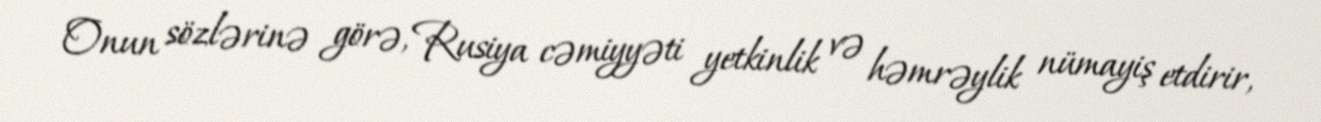
Onun sözlərinə görə, Rusiya cəmiyyəti yetkinlik və həmrəylik nümayiş etdirir,